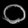
Digit: ၀